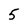
Character: 5